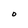
Character: O